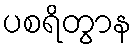
ပစရိတွာန